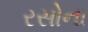
રસોના